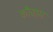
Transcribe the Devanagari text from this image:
कौवाम